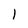
Character: 1